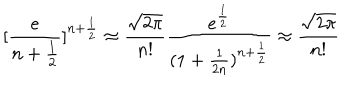
[ \frac { e } { n + \frac { 1 } { 2 } } ] ^ { n + \frac { 1 } { 2 } } \approx \frac { \sqrt { 2 \pi } } { n ! } \frac { e ^ { \frac { 1 } { 2 } } } { ( 1 + \frac { 1 } { 2 n } ) ^ { n + \frac { 1 } { 2 } } } \approx \frac { \sqrt { 2 \pi } } { n ! }